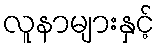
လူနာများနှင့်